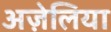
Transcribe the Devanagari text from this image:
अज़ेलिया